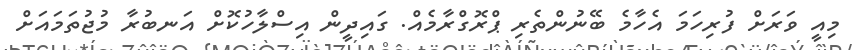
މިއީ ވަރަށް ފުރިހަމަ އެހާމެ ބޭނުންތެރި ޕްރޮގްރާމެއް. ގައިދީން އިސްލާހުކޮށް އަނބުރާ މުޖުތަމައަށް